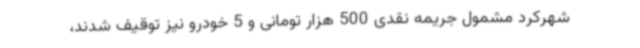
شهرکرد مشمول جریمه نقدی 500 هزار تومانی و 5 خودرو نیز توقیف شدند،